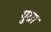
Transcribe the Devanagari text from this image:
युग्रा